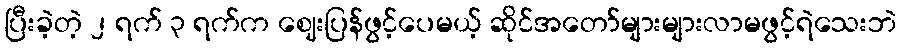
ပြီးခဲ့တဲ့ ၂ ရက် ၃ ရက်က ဈေးပြန်ဖွင့်ပေမယ့် ဆိုင်အတော်များများလာမဖွင့်ရဲသေးဘဲ